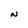
Character: N